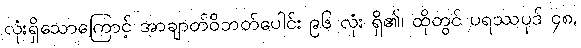
လုံးရှိသောကြောင့် အာချာတ်ဝိဘတ်ပေါင်း ၉၆ လုံး ရှိ၏၊ ထိုတွင် ပရဿပုဒ် ၄၈,